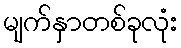
မျက်နှာတစ်ခုလုံး